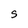
Character: s